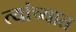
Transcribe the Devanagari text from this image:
त्‍यांच्‍यात